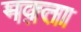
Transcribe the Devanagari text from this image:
मक़्ता